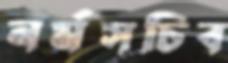
নর্মসচিব